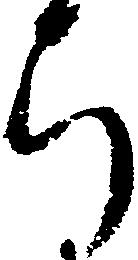
ち